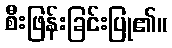
စီးဖြန်းခြင်းပြု၏။